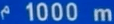
1000 m